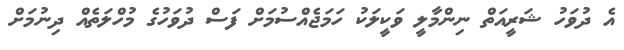
އެ ދުވަހު ޝަރީއަތް ނިންމާލީ ވަކީލަކު ހަމަޖެއްސުމަށް ފަސް ދުވަހުގެ މުހްލަތެއް ދިނުމަށް